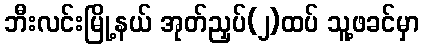
ဘီးလင်းမြို့နယ် အုတ်ညှပ်(၂)ထပ် သူ့ဖခင်မှာ